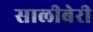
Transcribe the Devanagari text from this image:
सालीबेरी